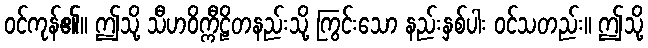
ဝင်ကုန်၏။ ဤသို့ သီဟဝိက္ကီဠိတနည်းသို့ ကြွင်းသော နည်းနှစ်ပါး ဝင်သတည်း။ ဤသို့